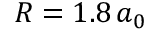
R = 1 . 8 \, a _ { 0 }